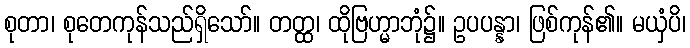
စုတာ၊ စုတေကုန်သည်ရှိသော်။ တတ္ထ၊ ထိုဗြဟ္မာဘုံ၌။ ဥပပန္နာ၊ ဖြစ်ကုန်၏။ မယှံပိ၊